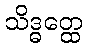
သိဒ္ဓတ္ထေ